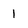
Character: 1